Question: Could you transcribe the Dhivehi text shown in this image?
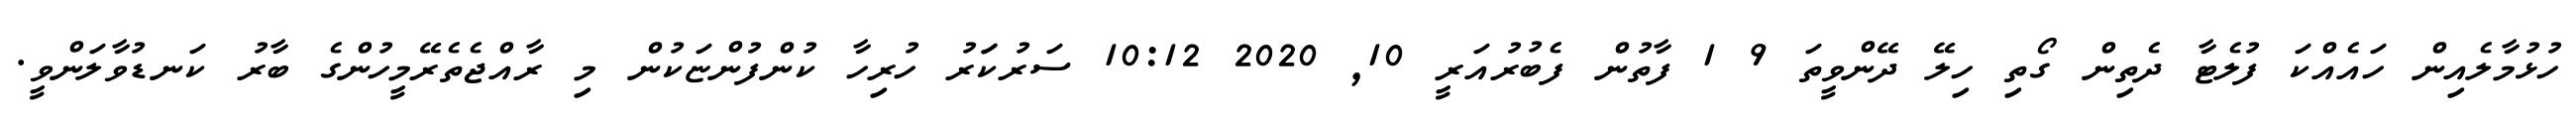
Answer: ހުޅުމާލެއިން ހައެއްކަ ފުލެޓާ ދެތިން ގޯތި ހިލޭ ދޭންވީތަ 9 1 ފާތުން ފެބުރުއަރީ 10, 2020 10:12 ސަރުކަަރު ހުރިހާ ކުންފުންޏަކުން މި ރާއްޖެތެރޭމީހުންގެ ބާރު ކަނޑުވާލަންވީ.